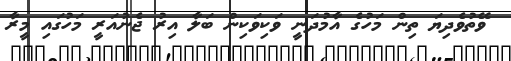
ވޭތުވެދިޔަ ތިން މަހުގެ އާމުދަނީ ވަކިވަކިން ބަލާ އިރު ޖެނުއަރީ މަހުގައި މީރާ